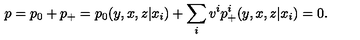
p = p _ { 0 } + p _ { + } = p _ { 0 } ( y , x , z | x _ { i } ) + \sum _ { i } v ^ { i } p _ { + } ^ { i } ( y , x , z | x _ { i } ) = 0 .